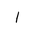
Letter: _alif